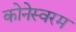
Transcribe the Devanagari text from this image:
कोनेस्वरम